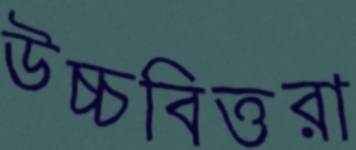
উচ্চবিত্তরা